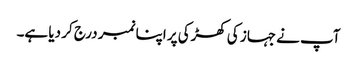
آپ نے جہاز کی کھڑکی پر اپنا نمبر درج کر دیا ہے۔